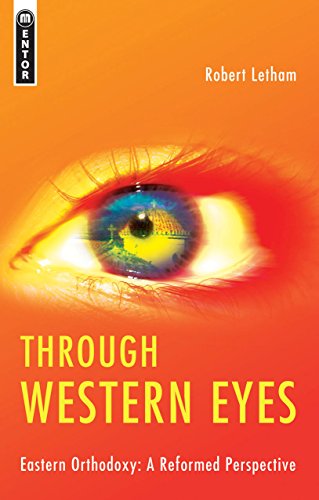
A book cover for Through Western Eyes: Eastern Orthodoxy:  A Reformed Perspective; Robert Letham; Christian Books & Bibles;